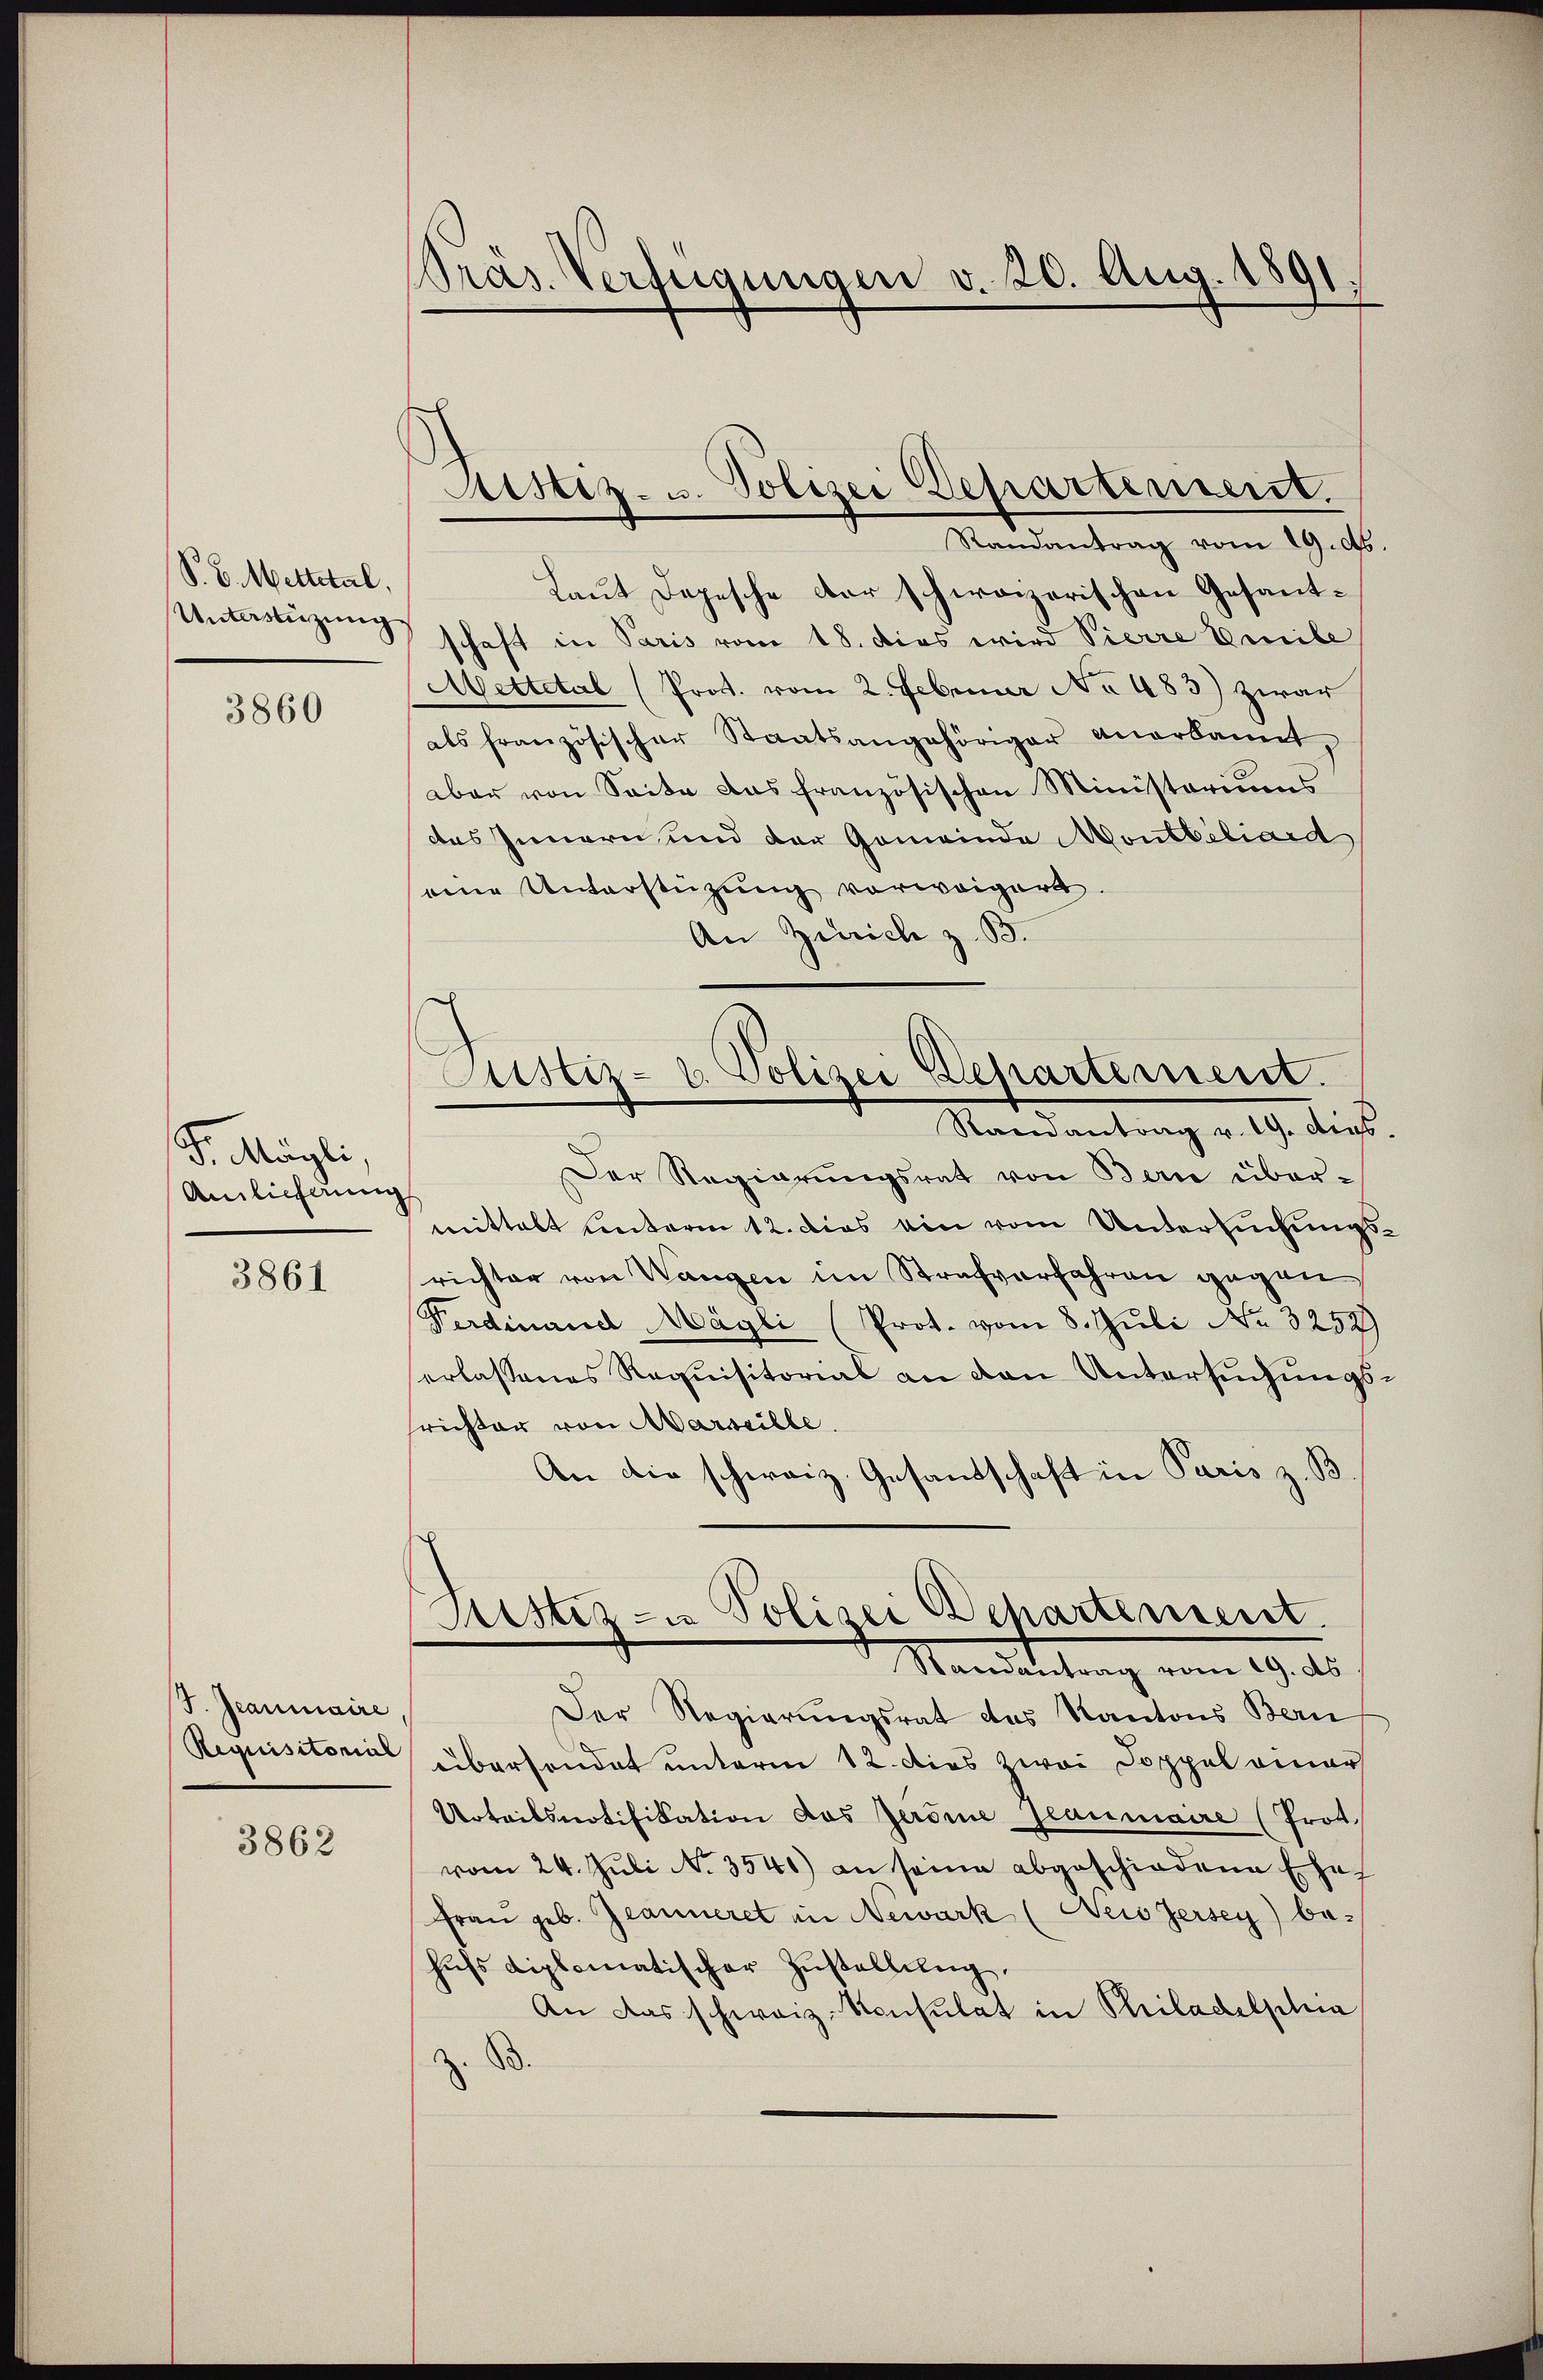
S. B. Mettetul,
Unterstüzung

3860

Fr. Mögli
Annlicherung

3861

J. Grammaire,
Requisitorial

3862

Präs. Verfügungen v. 20. Aug. 1891.

Ristiz- u. Polizei Departement.
Randantrag vom 19. d.
Laut Depesche der schweizerischen Gesantschaft in Paris vom 18. dies wird Vierre Emile

Wettetal (Prot. vom 2. Februar No 483) zwar
als französischer Staatsangehöriger anerkannt,
aber von Seite das französischen Ministeriums
des Innern und der Gemeinde Montbiliard
eine Unterstützung vorweigert.
An Zürich z. B.

Justiz- u. Polizei Departement.
Randantrag v. 19. dies.

Rustiz- u Polizei Schartenseit
Mandeleitung vom 19. ds.

Der Regierungsrat von Bern über-
mittelt unterm 12. dies ein vom Untersuchungsrichter von Wangen im Strafverfahren gegen
Ferdinand Mägli (Prot. vom 8. Juli No 3252)
erlassenes Requisitorial an den Untersuchungsrichter von Marseille.
An die schweiz. Gesandschaft in Paris z. B.
Der Regierungsrat des Kantons Bern
übersendet unterm 12. dies zwei Doppel einer
Urteilsnotifikation das Jerome planmaire (Prot.
vom 24. Juli No 3540) an seine abgeschiedene Ehe
Fraŭ geb. Jeanneret in Newark (Neio Zersey) be-
hŭfs diplomatischer Zŭstellung.
An das schweiz. Konsulat in Philadelscha
B.